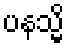
ပနသ္မိ